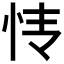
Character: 𰑊